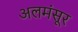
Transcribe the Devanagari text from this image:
अलमंसूर